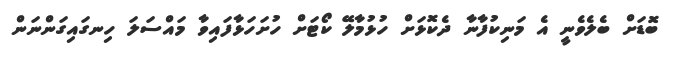
ބޮޑަށް ބެލެވެނީ އެ މަނިކުފާނާ ދެކޮޅަށް ހުޅުމާލޭ ކޯޓަށް ހުށަހަޅާފައިވާ މައްސަލަ ހިނގައިިގަންނަން